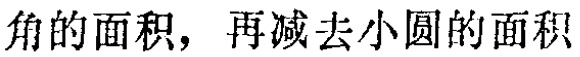
角的面积，再减去小圆的面积